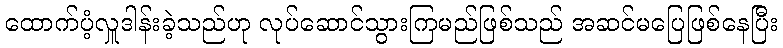
ထောက်ပံ့လှူဒါန်းခဲ့သည်ဟု လုပ်ဆောင်သွားကြမည်ဖြစ်သည် အဆင်မပြေဖြစ်နေပြီး